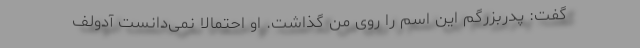
گفت: پدربزرگم این اسم را روی من گذاشت. او احتمالا نمی‌دانست آدولف